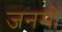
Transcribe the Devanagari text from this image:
जनमो